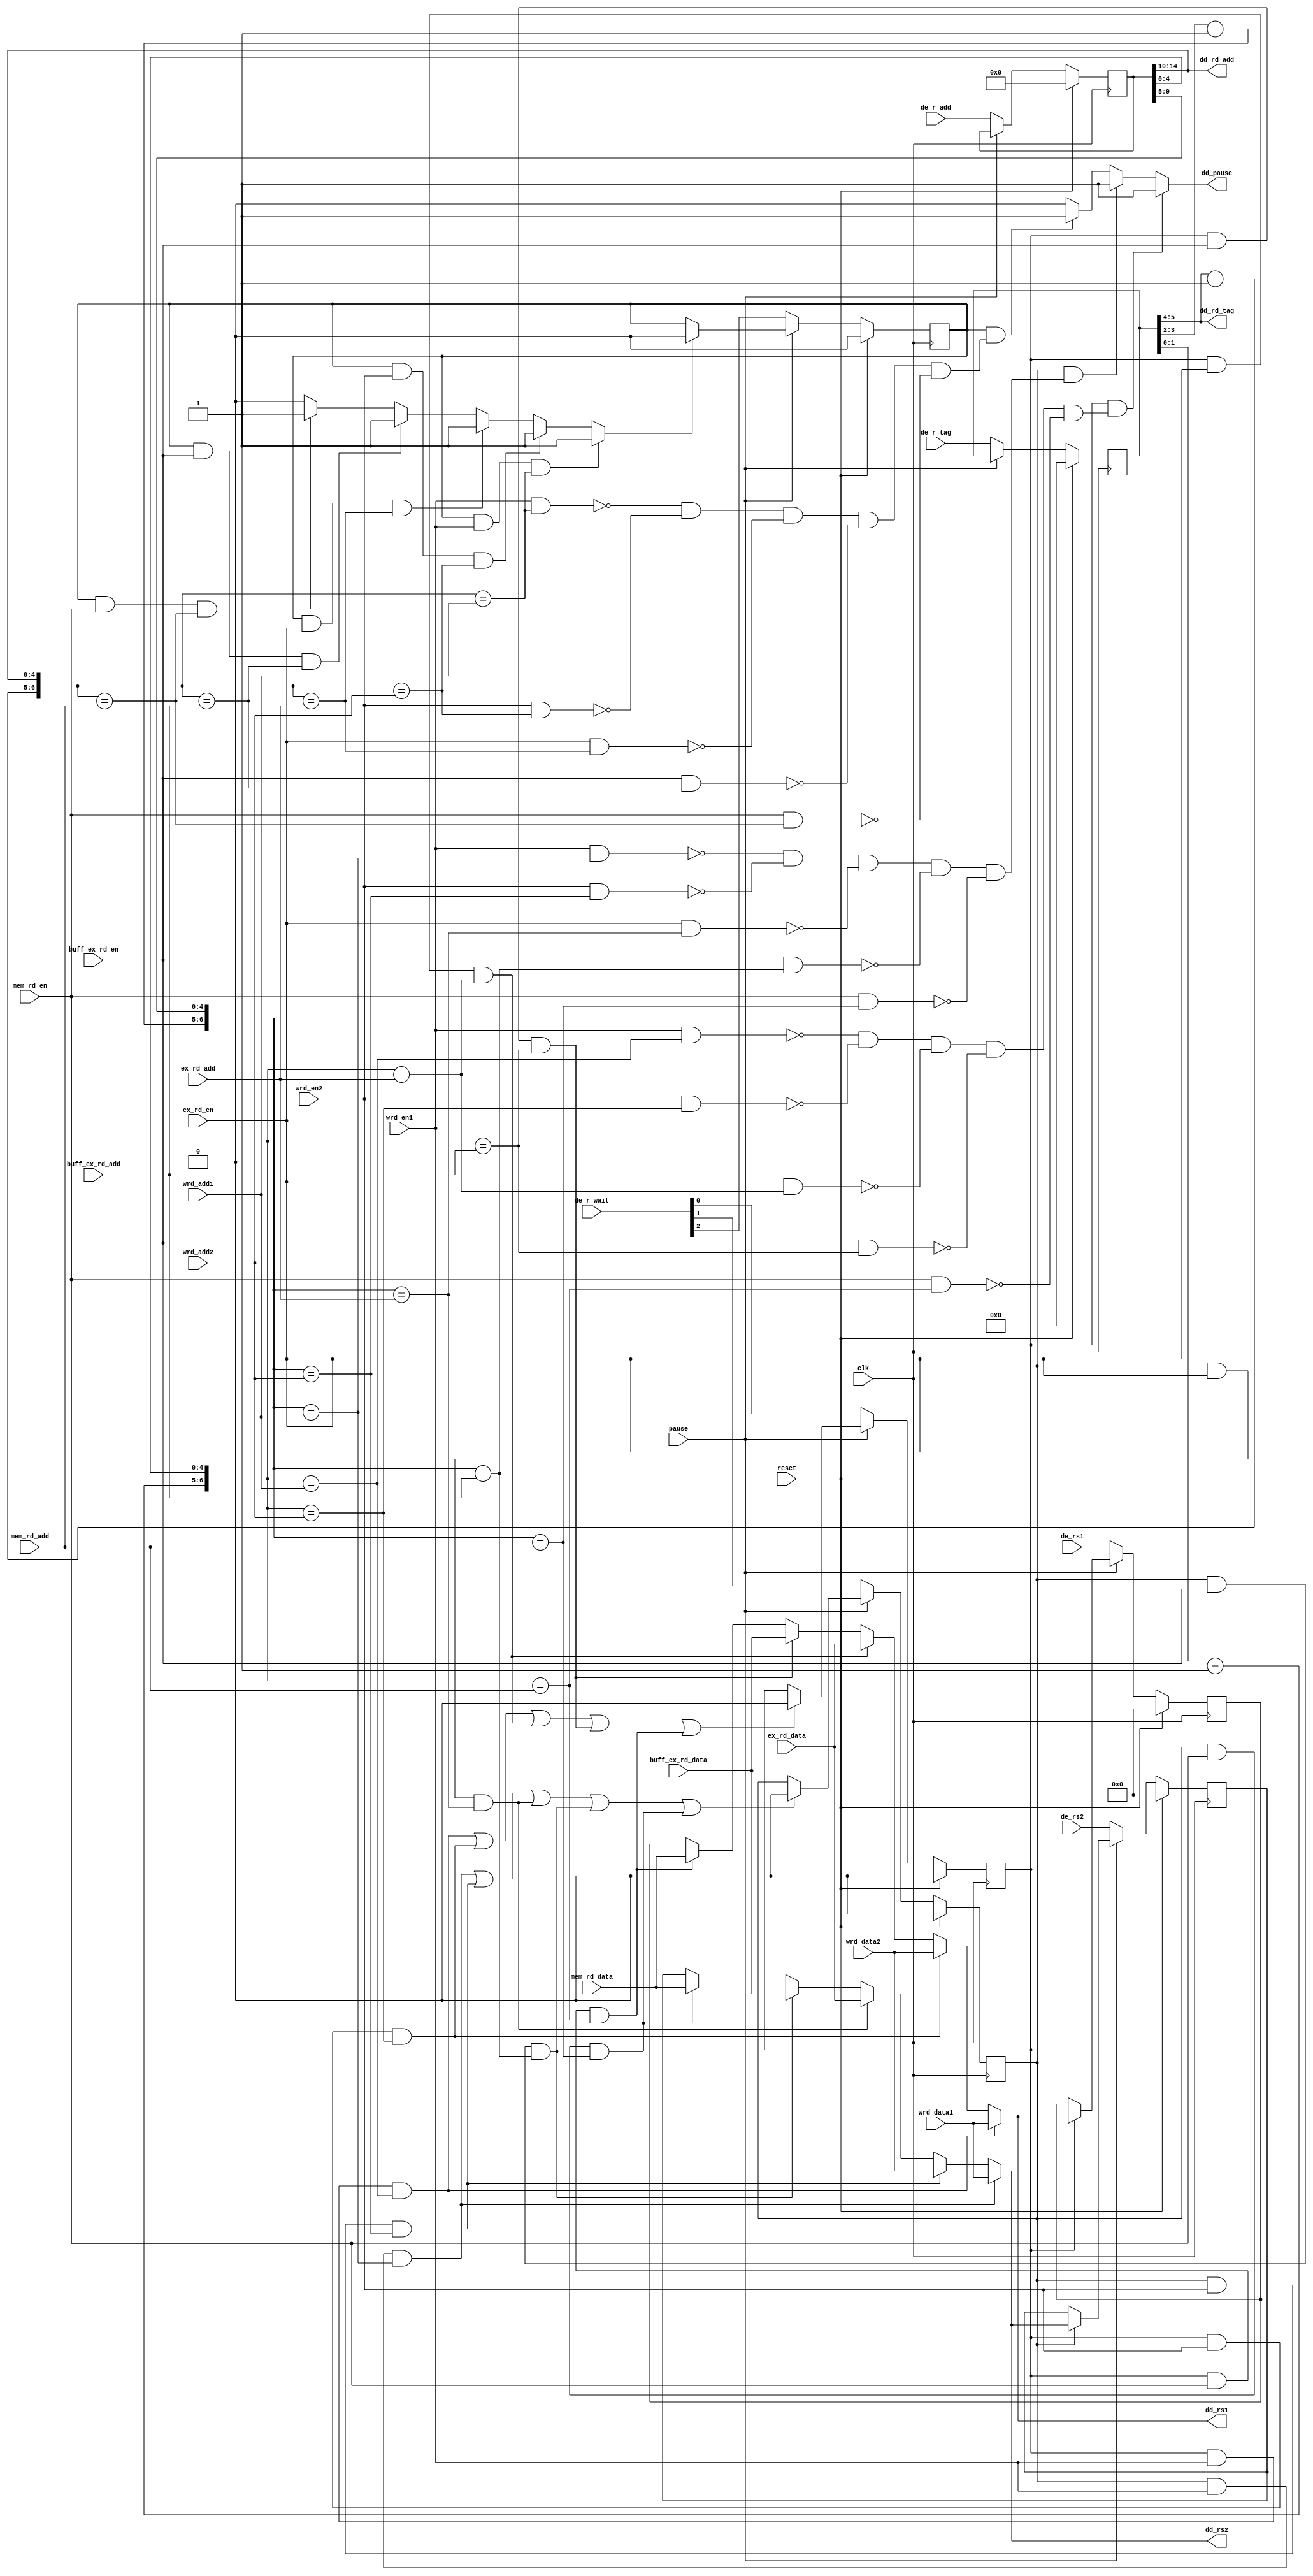
module data_distribute(
	input clk,
	input reset,
	input pause,
//---------------------------------------------- Inputs
	input [31:0] de_rs1     ,
	input [31:0] de_rs2     ,
	input [ 2:0] de_r_wait  ,
	input [ 5:0] de_r_tag   ,
	input [14:0] de_r_add   ,
	
	input        wrd_en1    ,
	input [6:0]  wrd_add1   ,
	input [31:0] wrd_data1  ,
	input        wrd_en2    ,
	input [6:0]  wrd_add2   ,
	input [31:0] wrd_data2  ,
	input        ex_rd_en   ,
	input [6:0]  ex_rd_add  ,
	input [31:0] ex_rd_data ,
	input        mem_rd_en   ,
	input [6:0]  mem_rd_add  ,
	input [31:0] mem_rd_data ,
	input        buff_ex_rd_en   ,
	input [6:0]  buff_ex_rd_add  ,
	input [31:0] buff_ex_rd_data ,
//---------------------------------------------- Inputs
	output [31:0] dd_rs1    ,
	output [31:0] dd_rs2    ,
	output [ 1:0] dd_rd_tag ,
	output [ 4:0] dd_rd_add ,
	output        dd_pause
);
	
	reg [ 5:0] reg_de_r_tag ; always@(posedge clk) if (reset) reg_de_r_tag <= 0; else if (!pause) reg_de_r_tag <= de_r_tag ;
	reg [14:0] reg_de_r_add ; always@(posedge clk) if (reset) reg_de_r_add <= 0; else if (!pause) reg_de_r_add <= de_r_add ;
	
	wire rs1_vwdata, rs2_vwdata, rd_vwdata ;
	
	reg reg_de_rd_wait  ; always@(posedge clk) if (reset) reg_de_rd_wait  <= 0; else if (!pause) reg_de_rd_wait  <= de_r_wait[2] ; else if ( rd_vwdata  ) reg_de_rd_wait  <= 1'b0 ;
	reg reg_de_rs2_wait ; always@(posedge clk) if (reset) reg_de_rs2_wait <= 0; else if (!pause) reg_de_rs2_wait <= de_r_wait[1] ; else if ( rs2_vwdata ) reg_de_rs2_wait <= 1'b0 ;
	reg reg_de_rs1_wait ; always@(posedge clk) if (reset) reg_de_rs1_wait <= 0; else if (!pause) reg_de_rs1_wait <= de_r_wait[0] ; else if ( rs1_vwdata ) reg_de_rs1_wait <= 1'b0 ;
	
	reg [31:0] reg_de_rs1 ; always@(posedge clk) if (reset) reg_de_rs1 <= 0; else if (!pause) reg_de_rs1 <= de_rs1 ; else if ( reg_de_rs1_wait ) reg_de_rs1 <= dd_rs1 ;
	reg [31:0] reg_de_rs2 ; always@(posedge clk) if (reset) reg_de_rs2 <= 0; else if (!pause) reg_de_rs2 <= de_rs2 ; else if ( reg_de_rs2_wait ) reg_de_rs2 <= dd_rs2 ;
	
	wire [1:0] reg_de_rs1_tag, reg_de_rs2_tag, reg_de_rd_tag ;
	
	assign { reg_de_rd_tag, reg_de_rs2_tag, reg_de_rs1_tag } = reg_de_r_tag ;
	
	wire [6:0] rd_add  = { reg_de_rd_tag  - 1, reg_de_r_add[14:10] } ;
	wire [6:0] rs2_add = { reg_de_rs2_tag - 1, reg_de_r_add[09:05] } ;
	wire [6:0] rs1_add = { reg_de_rs1_tag - 1, reg_de_r_add[04:00] } ;
	
	assign rd_vwdata  = ( reg_de_rd_wait & wrd_en1  & rd_add==wrd_add1  ) ? 1'b1
	:                   ( reg_de_rd_wait & wrd_en2  & rd_add==wrd_add2  ) ? 1'b1
	:                   ( reg_de_rd_wait & ex_rd_en & rd_add==ex_rd_add ) ? 1'b1
	:                   ( reg_de_rd_wait & buff_ex_rd_en & rd_add==buff_ex_rd_add ) ? 1'b1
	:                   ( reg_de_rd_wait & mem_rd_en     & rd_add==mem_rd_add     ) ? 1'b1
	:                                                                       1'b0 ;
	
	wire rs1_vwdata1 = ( reg_de_rs1_wait & wrd_en1  & rs1_add==wrd_add1  ) ;
	wire rs1_vwdata2 = ( reg_de_rs1_wait & wrd_en2  & rs1_add==wrd_add2  ) ;
	wire rs1_vwdata3 = ( reg_de_rs1_wait & ex_rd_en & rs1_add==ex_rd_add ) ;
	wire rs1_vwdata4 = ( reg_de_rs1_wait & buff_ex_rd_en & rs1_add==buff_ex_rd_add ) ;
	wire rs1_vwdata5 = ( reg_de_rs1_wait & mem_rd_en     & rs1_add==mem_rd_add ) ;
	
	wire rs2_vwdata1 = ( reg_de_rs2_wait & wrd_en1  & rs2_add==wrd_add1  ) ;
	wire rs2_vwdata2 = ( reg_de_rs2_wait & wrd_en2  & rs2_add==wrd_add2  ) ;
	wire rs2_vwdata3 = ( reg_de_rs2_wait & ex_rd_en & rs2_add==ex_rd_add ) ;
	wire rs2_vwdata4 = ( reg_de_rs2_wait & buff_ex_rd_en & rs2_add==buff_ex_rd_add ) ;
	wire rs2_vwdata5 = ( reg_de_rs2_wait & mem_rd_en     & rs2_add==mem_rd_add ) ;
	
	assign rs1_vwdata = rs1_vwdata1 | rs1_vwdata2 | rs1_vwdata3 | rs1_vwdata4 | rs1_vwdata5 ;
	assign rs2_vwdata = rs2_vwdata1 | rs2_vwdata2 | rs2_vwdata3 | rs2_vwdata4 | rs2_vwdata5 ;
	
	//----------------------------------------------------------------------------------------------------- outputs
	
	assign dd_rd_tag = reg_de_rd_tag;
	assign dd_rd_add = reg_de_r_add[14:10];
	
	assign dd_rs1 = ( rs1_vwdata1 ) ? wrd_data1
	:               ( rs1_vwdata2 ) ? wrd_data2
	:               ( rs1_vwdata3 ) ? ex_rd_data
	:               ( rs1_vwdata4 ) ? buff_ex_rd_data
	:               ( rs1_vwdata5 ) ? mem_rd_data
	:                                 reg_de_rs1 ;
	
	assign dd_rs2 = ( rs2_vwdata1 ) ? wrd_data1
	:               ( rs2_vwdata2 ) ? wrd_data2
	:               ( rs2_vwdata3 ) ? ex_rd_data
	:               ( rs2_vwdata4 ) ? buff_ex_rd_data
	:               ( rs2_vwdata5 ) ? mem_rd_data
	:                                 reg_de_rs2 ;
	
	assign dd_pause = (reg_de_rs1_wait & (!(wrd_en1&(rs1_add==wrd_add1)) & !(wrd_en2&(rs1_add==wrd_add2)) & !(ex_rd_en&(rs1_add==ex_rd_add)) & !(buff_ex_rd_en&(rs1_add==buff_ex_rd_add)) & !(mem_rd_en&(rs1_add==mem_rd_add)))) ? 1'b1
	:                 (reg_de_rs2_wait & (!(wrd_en1&(rs2_add==wrd_add1)) & !(wrd_en2&(rs2_add==wrd_add2)) & !(ex_rd_en&(rs2_add==ex_rd_add)) & !(buff_ex_rd_en&(rs2_add==buff_ex_rd_add)) & !(mem_rd_en&(rs2_add==mem_rd_add)))) ? 1'b1
	:                 (reg_de_rd_wait  & (!(wrd_en1&(rd_add ==wrd_add1)) & !(wrd_en2&(rd_add ==wrd_add2)) & !(ex_rd_en&(rd_add ==ex_rd_add)) & !(buff_ex_rd_en&(rd_add ==buff_ex_rd_add)) & !(mem_rd_en&(rd_add ==mem_rd_add)))) ? 1'b1 
	:                                                                                                                                                      1'b0 ;
	
	// reg [31:0] pause_count=0; always@(posedge clk) if (buff_de_pause) pause_count <= pause_count+1 ;
	
endmodule